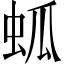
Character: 蛌